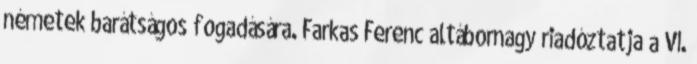
németek barátságos fogadására. Farkas Ferenc altábornagy riadóztatja a VI.